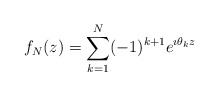
\begin{align*}f_{N}(z) = \sum_{k=1}^{N} (-1)^{k+1} e^{\imath \theta_{k} z}\end{align*}